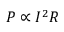
P \propto I ^ { 2 } R